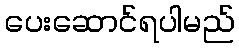
ပေးဆောင်ရပါမည်